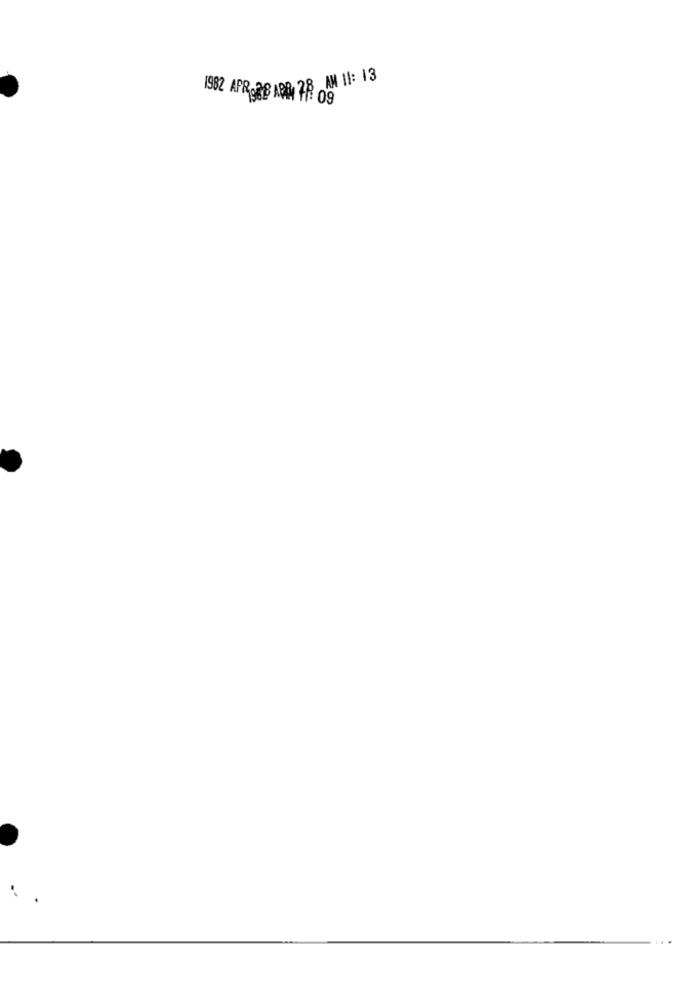
1982 APRGABARD, 28 AM 11: 13